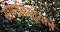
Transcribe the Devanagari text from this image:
सागरकिनार्‍याचे